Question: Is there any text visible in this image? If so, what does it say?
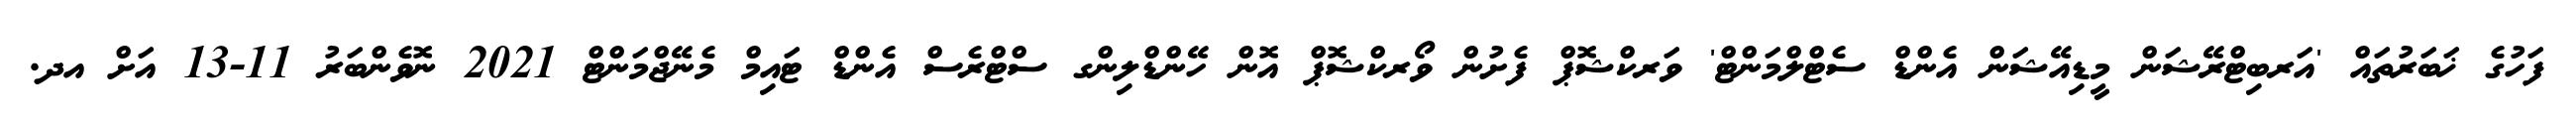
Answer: ފަހުގެ ޚަބަރުތައް 'އަރބިޓްރޭޝަން މީޑިއޭޝަން އެންޑް ސެޓްލްމަންޓް' ވަރކްޝޮޕް ފެށުން ވޯރކްޝޮޕް އޮން ހޭންޑްލިންގ ސްޓްރެސް އެންޑް ޓައިމް މެނޭޖްމަންޓް 2021 ނޮވެންބަރު 11-13 އަށް އދ.